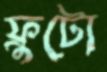
ফ্রুটো